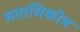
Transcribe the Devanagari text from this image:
मताधिकीय